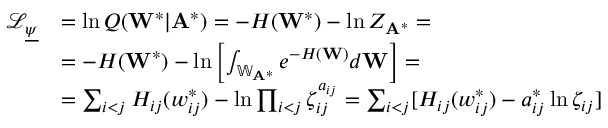
\begin{array} { r l } { \mathcal { L } _ { \underline { { \psi } } } } & { = \ln Q ( \mathbf { W } ^ { * } | \mathbf { A } ^ { * } ) = - H ( \mathbf { W } ^ { * } ) - \ln Z _ { \mathbf { A } ^ { * } } = } \\ & { = - H ( \mathbf { W } ^ { * } ) - \ln \left[ \int _ { \mathbb { W } _ { \mathbf { A } ^ { * } } } e ^ { - H ( \mathbf { W } ) } d \mathbf { W } \right] = } \\ & { = \sum _ { i < j } H _ { i j } ( w _ { i j } ^ { * } ) - \ln \prod _ { i < j } \zeta _ { i j } ^ { a _ { i j } } = \sum _ { i < j } [ H _ { i j } ( w _ { i j } ^ { * } ) - a _ { i j } ^ { * } \ln \zeta _ { i j } ] } \end{array}